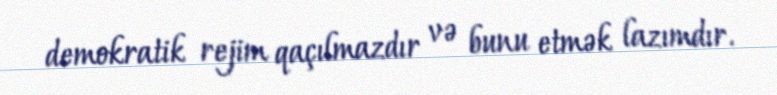
demokratik rejim qaçılmazdır və bunu etmək lazımdır.